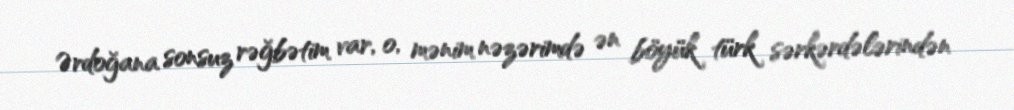
Ərdoğana sonsuz rəğbətim var, o, mənim nəzərimdə ən böyük türk sərkərdələrindən